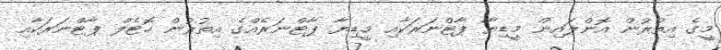
މީގެ އިތުރުން އޮންލައިން މީޑިޔާ ޕާޓްނަރަކާއި މީޑިޔާ ޕާޓްނަރެއްގެ އިތުރުން ހޮޓެލް ޕާޓްނަރަކާއި